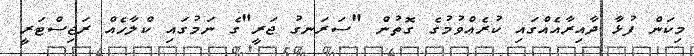
މިކަން ފުޅާ ދާއިރާއެއްގައި ކުރެއްވުމުގެ ގޮތުން "ސަރަނގު ޖަރީ"ގެ ނަމުގައި ކްލާހެއް ރަޖިސްޓަރީ